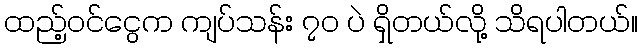
ထည့်ဝင်ငွေက ကျပ်သန်း ၇၀ ပဲ ရှိတယ်လို့ သိရပါတယ်။